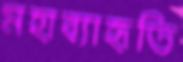
মহাব্যাহৃতি